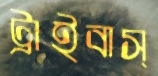
ট্রাইবাস্